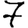
Digit: 7